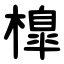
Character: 橰